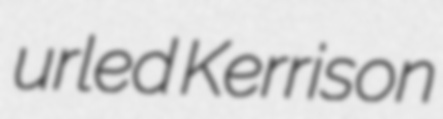
urled Kerrison